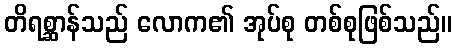
တိရစ္ဆာန်သည် လောက၏ အုပ်စု တစ်စုဖြစ်သည်။